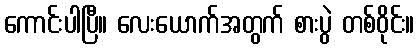
ကောင်းပါပြီ။ လေးယောက်အတွက် စားပွဲ တစ်ဝိုင်း။